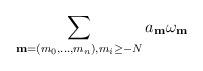
LaTeX: \begin{gather*} \sum_{\mathbf{m}=(m_0,\dots,m_n),m_i\geq -N} a_{\mathbf{m}} \omega_{\mathbf{m}}\end{gather*}